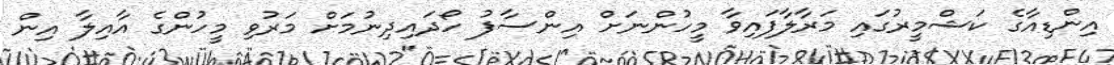
އިންޑިއާގެ ކަޝްމީރުގައި މަރާލާފައިވާ މީހުންނަށް އިންސާފު ހޯދައިދިނުމަށް މަރުވި މީހުންގެ އާއިލާ އިން